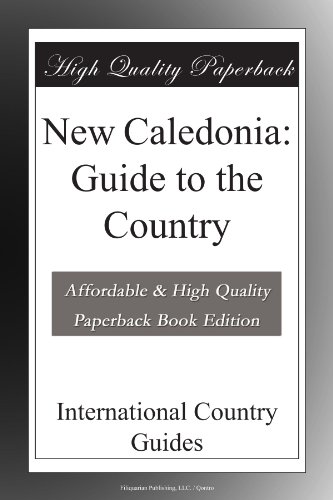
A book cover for New Caledonia: Guide to the Country; International Country Guides; Travel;